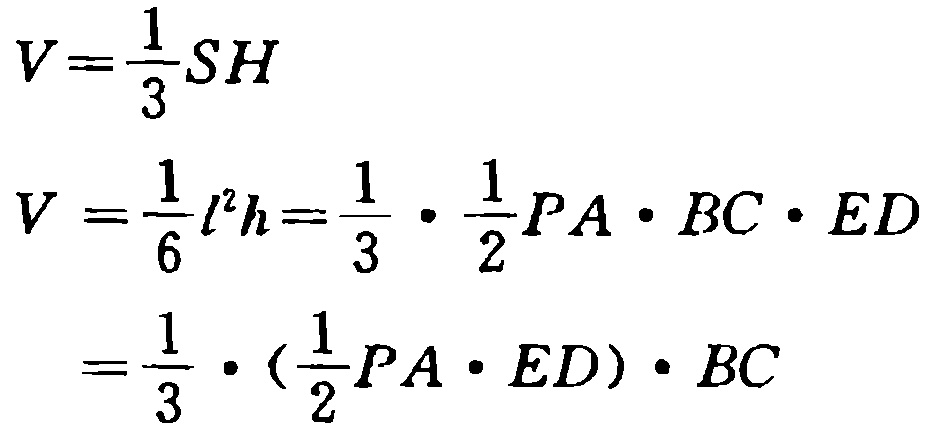
\[

V = \frac{1}{3}SH

\]

\[

\begin{align*}

V&=\frac{1}{6}l^{2}h=\frac{1}{3}\cdot\frac{1}{2}PA\cdot BC\cdot ED\\

&=\frac{1}{3}\cdot(\frac{1}{2}PA\cdot ED)\cdot BC

\end{align*}

\]